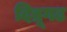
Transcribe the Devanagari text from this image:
दिब्रूगढ